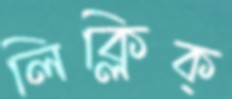
লিক্‌লিক্‌